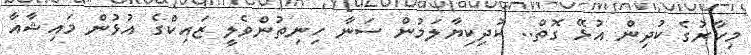
މިހާރުގެ ކުދިން އުޅޭ ގޮތް.. ކުދިކިޔާލަމުން ސަނާ ހިނިތުންވެލީ ޒައިކްގެ އުޅުން މައިޝާއާ